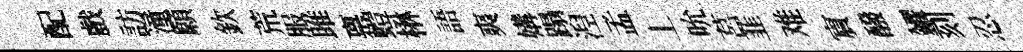
配戲訪潼願欽荒服雎禀螘楙語爽媾蹋湼孟丄吮莒韮难賔醱糴刻忍